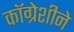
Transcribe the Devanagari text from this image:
कॉग्रेशीने